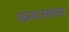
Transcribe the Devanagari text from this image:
सन्यास्यांना